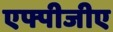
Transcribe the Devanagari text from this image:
एफ्पीजीए